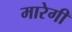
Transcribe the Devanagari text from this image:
मारेगी